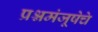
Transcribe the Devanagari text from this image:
प्रश्नमंजूषेचे